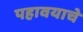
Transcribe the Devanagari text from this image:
पहावयाचे